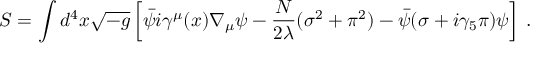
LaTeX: S = \int d ^ { 4 } x \sqrt { - g } \left[ \bar { \psi } i \gamma ^ { \mu } ( x ) \nabla _ { \mu } \psi - \frac { N } { 2 \lambda } ( \sigma ^ { 2 } + \pi ^ { 2 } ) - \bar { \psi } ( \sigma + i \gamma _ { 5 } \pi ) \psi \right] \: .